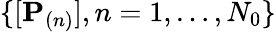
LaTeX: \{ [\mathbf{P}_{(n)}],n=1,\dots,N_{0}\}